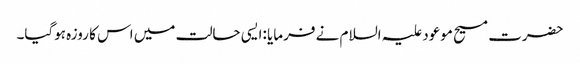
حضرت مسیح موعود علیہ السلام نے فرمایا :ایسی حالت میں اس کا روزہ ہوگیا۔